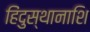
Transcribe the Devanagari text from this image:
हिंदुस्थानाशि